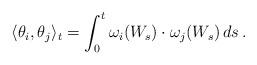
LaTeX: \begin{align*} \langle\theta_{i},\theta_{j}\rangle_{t}=\int_{0}^{t}\omega_{i}(W_{s})\cdot\omega_{j}(W_{s}) \, ds \, .\end{align*}